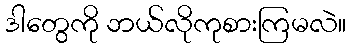
ဒါတွေကို ဘယ်လိုကုစားကြမလဲ။